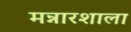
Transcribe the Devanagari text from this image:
मन्नारशाला